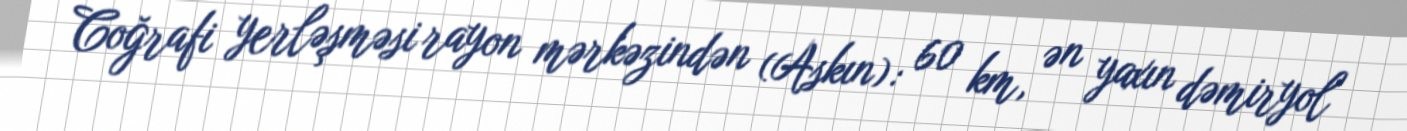
Coğrafi yerləşməsi rayon mərkəzindən (Askın): 60 km, ən yaxın dəmiryol